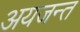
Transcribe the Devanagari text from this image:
अयजन्त